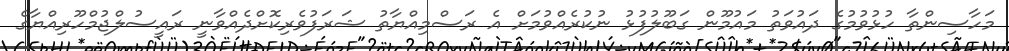
މަހާސިންތާ ހުޅުވުމުގެ ދައުވަތު މައުމޫން ގަބޫލުފުޅު ނުކުރެއްވުމަށް އެ ރަސްމިއްޔާތު ޝަރަފުވެރިކޮށްދެެއްވާނީ ރައީސުލްޖުމްހޫރިއްޔާގެ